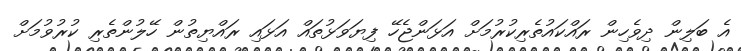
އެ ބަލިން ދިވެހިން ރައްކައުތެރިކުރުމަށް އަޅަންޖެހޭ ފިޔަވަޅުތައް އަޅައި ރައްޔިތުން ހޭލުންތެރި ކުރުވުމަށް